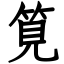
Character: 筧